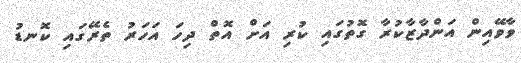
ވާވޭއިން އަންދާޒާކުރާ ގޮތުގައި ކުރި އަށް އޮތް ދިހަ އަހަރު ތެރޭގައި ކޮނޑު